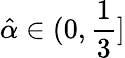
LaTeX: \hat{\alpha}\in(0,\frac 13]